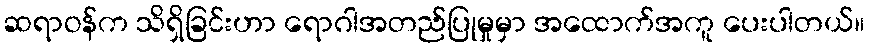
ဆရာဝန်က သိရှိခြင်းဟာ ရောဂါအတည်ပြုမှုမှာ အထောက်အကူ ပေးပါတယ်။